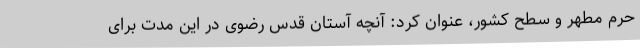
حرم مطهر و سطح کشور، عنوان کرد: آنچه آستان قدس رضوی در این مدت برای